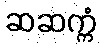
ဆဆက္ကံ